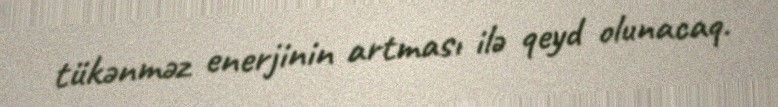
tükənməz enerjinin artması ilə qeyd olunacaq.